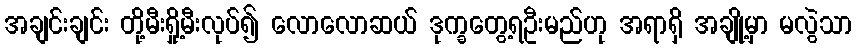
အချင်းချင်း တို့မီးရှို့မီးလုပ်၍ လောလောဆယ် ဒုက္ခတွေ့ရဦးမည်ဟု အရာရှိ အချို့မှာ မလွဲသာ